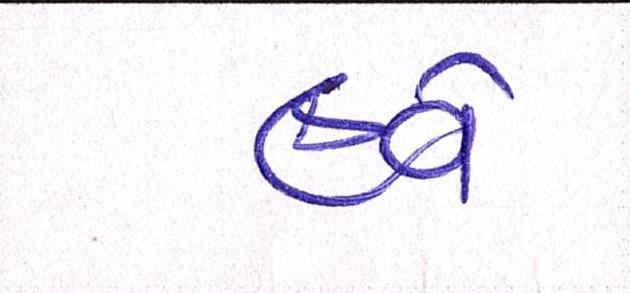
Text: હવે